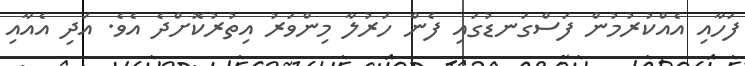
ފަހާއި އެއްކުރުމުން ފަސްގަނޑުގައި ފެން ހަރުލާ މިންވަރު އިތުރުކޮށްދެ އެވެ. އަދި އެއާއި